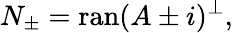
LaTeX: N_{\pm}=\operatorname{ran}(A\pm i)^{\perp},